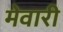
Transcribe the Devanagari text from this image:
मेवारी